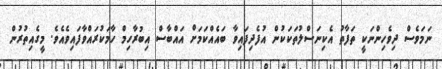
ނަމަވެސް ދިވެހިންނަކީ ތަފާތު އެކިނަސްލުތަކަކުން އުފެދިފައިވާ ބައެއްކަމަށް އައްބާސް އިބުރާހިމް ހާމަކުރައްވާފައިވެއެވެ. މީގެއިތުރުން